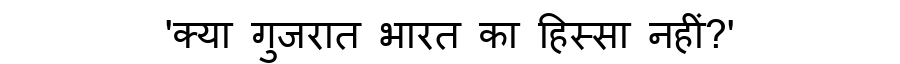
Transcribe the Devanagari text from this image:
'क्या गुजरात भारत का हिस्सा नहीं?'